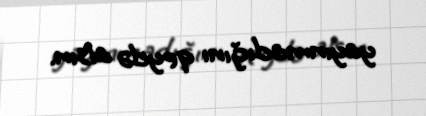
yayınmadığını qeydə alsın.